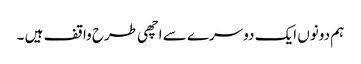
ہم دونوں ایک دوسرے سے اچھی طرح واقف ہیں ۔